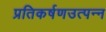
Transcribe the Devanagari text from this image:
प्रतिकर्षणउत्पन्न